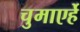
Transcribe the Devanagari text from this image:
चुमाएर्हे